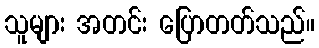
သူများ အတင်း ပြောတတ်သည်။